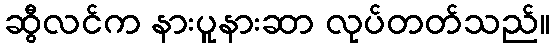
ဆွီလင်က နားပူနားဆာ လုပ်တတ်သည်။